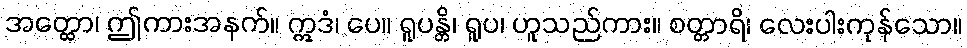
အတ္ထော၊ ဤကားအနက်။ ဣဒံ၊ ပေ။ ရူပန္တိ၊ ရူပ၊ ဟူသည်ကား။ စတ္တာရိ၊ လေးပါးကုန်သော။